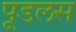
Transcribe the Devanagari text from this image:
पूडलस